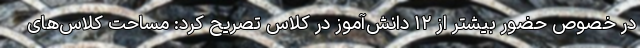
در خصوص حضور بیشتر از ۱۲ دانش‌آموز در کلاس تصریح کرد: مساحت کلاس‌های